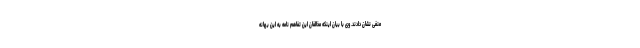
منفی نشان دادند. وی با بیان اینکه مخالفان این تفاهم نامه به این بهانه